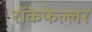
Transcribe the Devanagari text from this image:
रॉकेफेल्लर